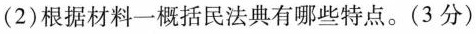
(2)根据材料一概括民法典有哪些特点。(3 分)